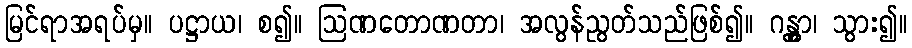
မြင်ရာအရပ်မှ။ ပဋ္ဌာယ၊ စ၍။ ဩဏတောဏတာ၊ အလွန်ညွတ်သည်ဖြစ်၍။ ဂန္တွာ၊ သွား၍။